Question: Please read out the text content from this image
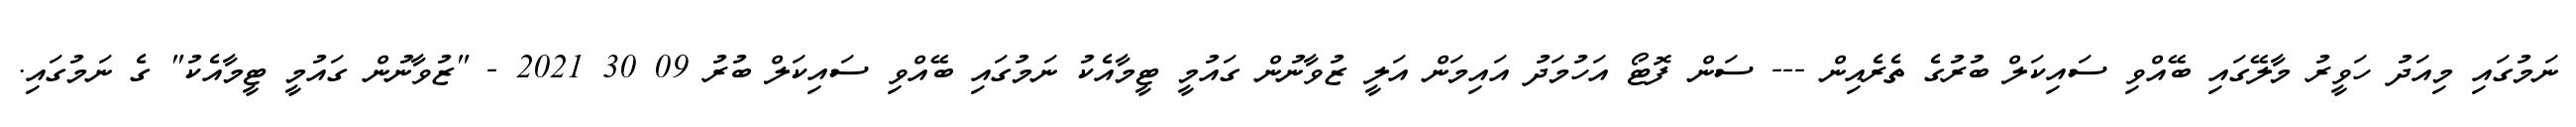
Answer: ނަމުގައި މިއަދު ހަވީރު މާލޭގައި ބޭއްވި ސައިކަލް ބުރުގެ ތެރެއިން --- ސަން ފޮޓޯ އަހުމަދު އައިމަން އަލީ ޒުވާނުން ގައުމީ ޓީމާއެކު ނަމުގައި ބޭއްވި ސައިކަލް ބުރު 09 30 2021 - "ޒުވާނުން ގައުމީ ޓީމާއެކު" ގެ ނަމުގައި.